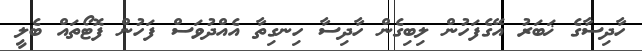
ހާދިސާގެ ޚަބަރު އޭގެފަހުން ލިބިގެން ހާދިސާ ހިނގިތާ އެއްދުވަސް ފަހުން ފޮޓޯތައް ބެލީ